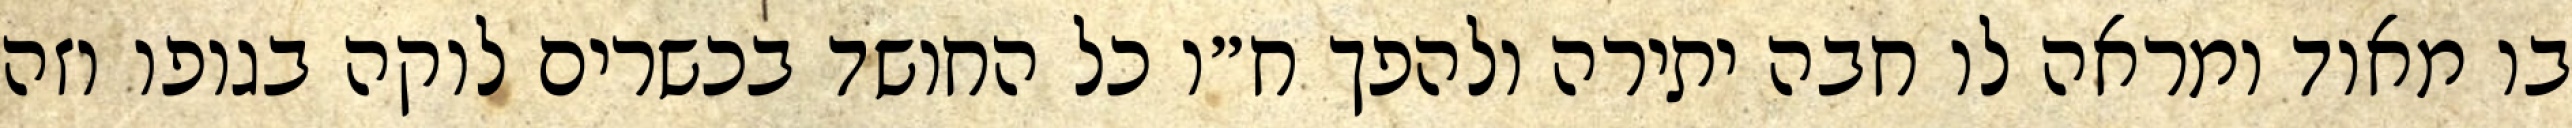
בו מאוד ומראה לו חבה יתירה ולהפך ח״ו כל החושד בכשרים לוקה בגופו וזה